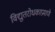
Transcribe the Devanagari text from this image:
विद्युतरोधकाप्रमाणे